Indian journal of veterinary science and animal husbandry - Volume 2,
Year: 1932
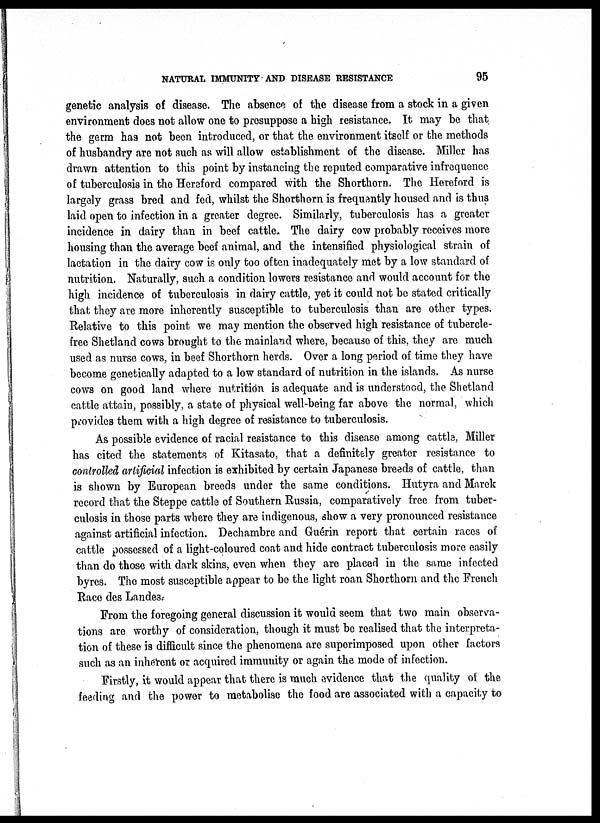
NATURAL IMMUNITY AND DISEASE RESISTANCE
95
genetic analysis of disease. The absence of the disease from a stock in a given
environment does not allow one to presuppose a high resistance. It may be that
the germ has not been introduced, or that the environment itself or the methods
of husbandry are not such as will allow establishment of the disease. Miller has
drawn attention to this point by instancing the reputed comparative infrequence
of tuberculosis in the Hereford compared with the Shorthorn. The Hereford is
largely grass bred and fed, whilst the Shorthorn is frequently housed and is thus
laid open to infection in a greater degree. Similarly, tuberculosis has a greater
incidence in dairy than in beef cattle. The dairy cow probably receives more
housing than the average beef animal, and the intensified physiological strain of
lactation in the dairy cow is only too often inadequately met by a low standard of
nutrition. Naturally, such a condition lowers resistance and would account for the
high incidence of tuberculosis in dairy cattle, yet it could not be stated critically
that they are more inherently susceptible to tuberculosis than are other types.
Relative to this point we may mention the observed high resistance of tubercle-
free Shetland cows brought to the mainland where, because of this, they are much
used as nurse cows, in beef Shorthorn herds. Over a long period of time they have
become genetically adapted to a low standard of nutrition in the islands. As nurse
cows on good land where nutrition is adequate and is understood, the Shetland
cattle attain, possibly, a state of physical well-being far above the normal, which
provides them with a high degree of resistance to tuberculosis.
As possible evidence of racial resistance to this disease among cattle. Miller
has cited the statements of Kitasato, that a definitely greater resistance to
controlled artificial infection is exhibited by certain Japanese breeds of cattle, than
is shown by European breeds under the same conditions. Hutyra and Marek
record that the Steppe cattle of Southern Russia, comparatively free from tuber-
culosis in those parts where they are indigenous, show a very pronounced resistance
against artificial infection. Dechambre and Guérin report that certain races of
cattle possessed of a light-coloured coat and hide contract tuberculosis more easily
than do those with dark skins, even when they are placed in the same infected
byres. The most susceptible appear to be the light roan Shorthorn and the French
Race des Landes.
From the foregoing general discussion it would seem that two main observa-
tions are worthy of consideration, though it must be realised that the interpreta-
tion of these is difficult since the phenomena are superimposed upon other factors
such as an inherent or acquired immunity or again the mode of infection.
Firstly, it would appear that there is much evidence that the quality of the
feeding and the power to metabolise the food are associated with a capacity to